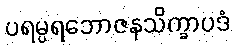
ပရမ္ပရဘောဇနသိက္ခာပဒံ